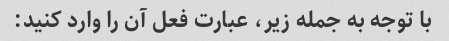
با توجه به جمله زیر، عبارت فعل آن را وارد کنید: